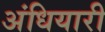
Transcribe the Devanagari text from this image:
अंधियारी